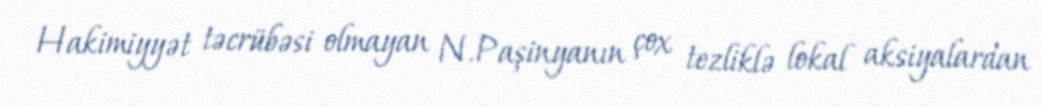
Hakimiyyət təcrübəsi olmayan N.Paşinyanın çox tezliklə lokal aksiyalardan